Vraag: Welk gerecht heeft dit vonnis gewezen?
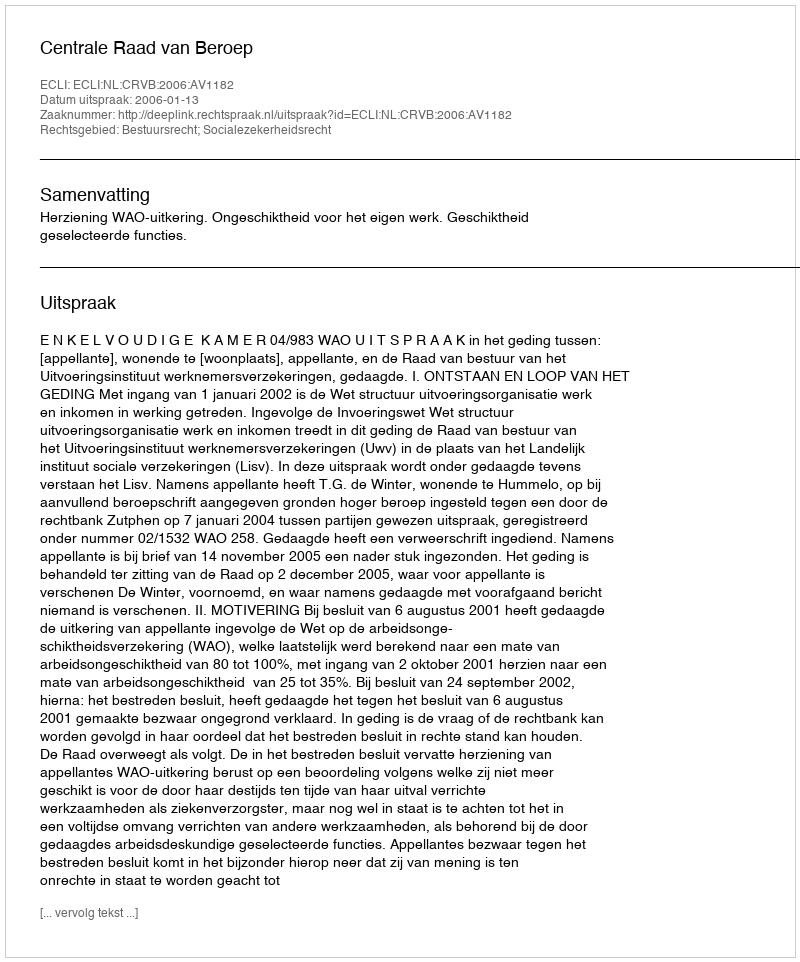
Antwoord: Centrale Raad van Beroep